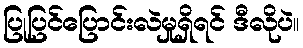
ပြုပြင်ပြောင်းလဲမှုရှိရင် ဒီလိုပဲ။